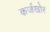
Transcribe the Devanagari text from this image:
कर्जखोर